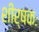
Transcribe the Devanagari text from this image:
शीर्षकः